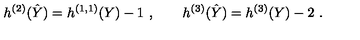
h ^ { ( 2 ) } ( \hat { Y } ) = h ^ { ( 1 , 1 ) } ( Y ) - 1 \ , \qquad h ^ { ( 3 ) } ( \hat { Y } ) = h ^ { ( 3 ) } ( Y ) - 2 \ .